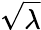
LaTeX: \sqrt{\lambda}